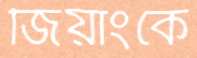
জিয়াংকে